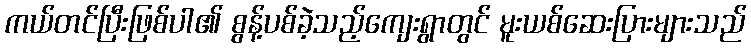
ကယ်တင်ပြီးဖြစ်ပါ၏ စွန့်ပစ်ခဲ့သည့်ကျေးရွာတွင် မူးယစ်ဆေးပြားများသည်